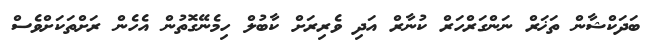
ބަދަކްޝާން ތަޚަރް ނަންގަރްހަރް ކުނާރް އަދި ވެރިރަށް ކާބުލް ހިމެނޭގޮތުން އެހެން ރަށްތަކަށްވެސް